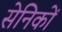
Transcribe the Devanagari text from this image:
सेनिकों